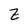
Character: Z